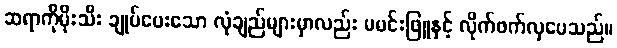
ဆရာကိုမိုးသီး ချုပ်ပေးသော လုံချည်များမှာလည်း မမင်းဖြူနှင့် လိုက်ဖက်လှပေသည်။